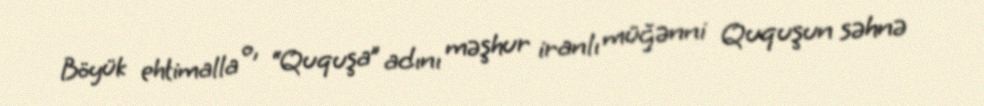
Böyük ehtimalla o, “Ququşa” adını məşhur iranlı müğənni Ququşun səhnə